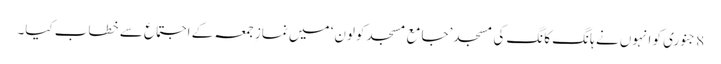
8 جنوری کو انہوں نے ہانگ کانگ کی مسجد ’جامع مسجد کولون‘ میں نمازِ جمعہ کے اجتماع سے خطاب کیا۔